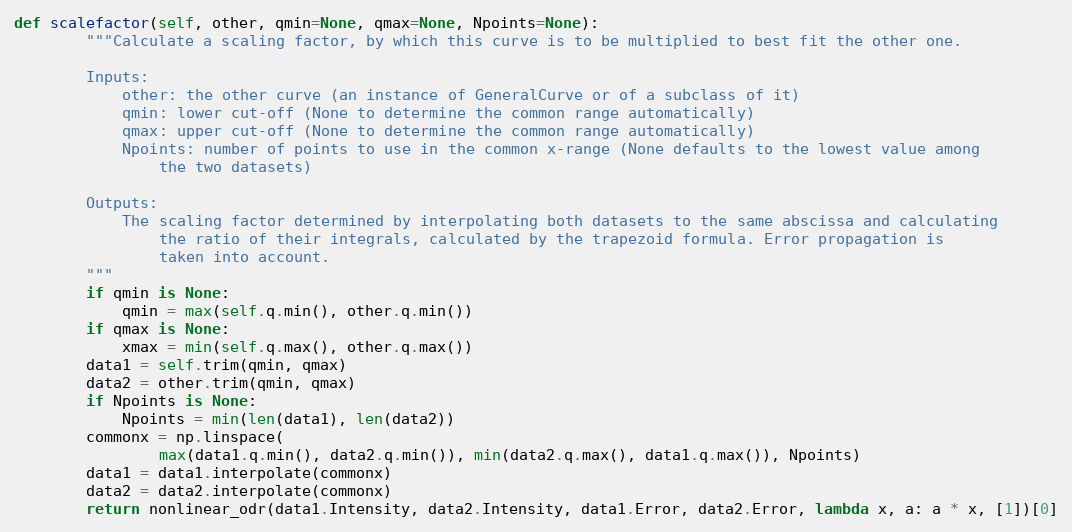
Language: Python
def scalefactor(self, other, qmin=None, qmax=None, Npoints=None):
        """Calculate a scaling factor, by which this curve is to be multiplied to best fit the other one.

        Inputs:
            other: the other curve (an instance of GeneralCurve or of a subclass of it)
            qmin: lower cut-off (None to determine the common range automatically)
            qmax: upper cut-off (None to determine the common range automatically)
            Npoints: number of points to use in the common x-range (None defaults to the lowest value among
                the two datasets)

        Outputs:
            The scaling factor determined by interpolating both datasets to the same abscissa and calculating
                the ratio of their integrals, calculated by the trapezoid formula. Error propagation is
                taken into account.
        """
        if qmin is None:
            qmin = max(self.q.min(), other.q.min())
        if qmax is None:
            xmax = min(self.q.max(), other.q.max())
        data1 = self.trim(qmin, qmax)
        data2 = other.trim(qmin, qmax)
        if Npoints is None:
            Npoints = min(len(data1), len(data2))
        commonx = np.linspace(
                max(data1.q.min(), data2.q.min()), min(data2.q.max(), data1.q.max()), Npoints)
        data1 = data1.interpolate(commonx)
        data2 = data2.interpolate(commonx)
        return nonlinear_odr(data1.Intensity, data2.Intensity, data1.Error, data2.Error, lambda x, a: a * x, [1])[0]